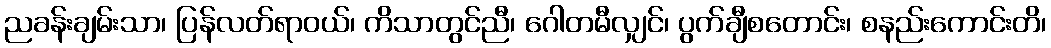
ညခန်းချမ်းသာ၊ ပြန်လတ်ရာဝယ်၊ ကိသာတွင်ညီ၊ ဂေါတမီလျှင်၊ ပွက်ချီစတောင်း၊ စနည်းကောင်းတိ၊